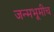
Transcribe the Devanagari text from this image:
जन्मभूमीच